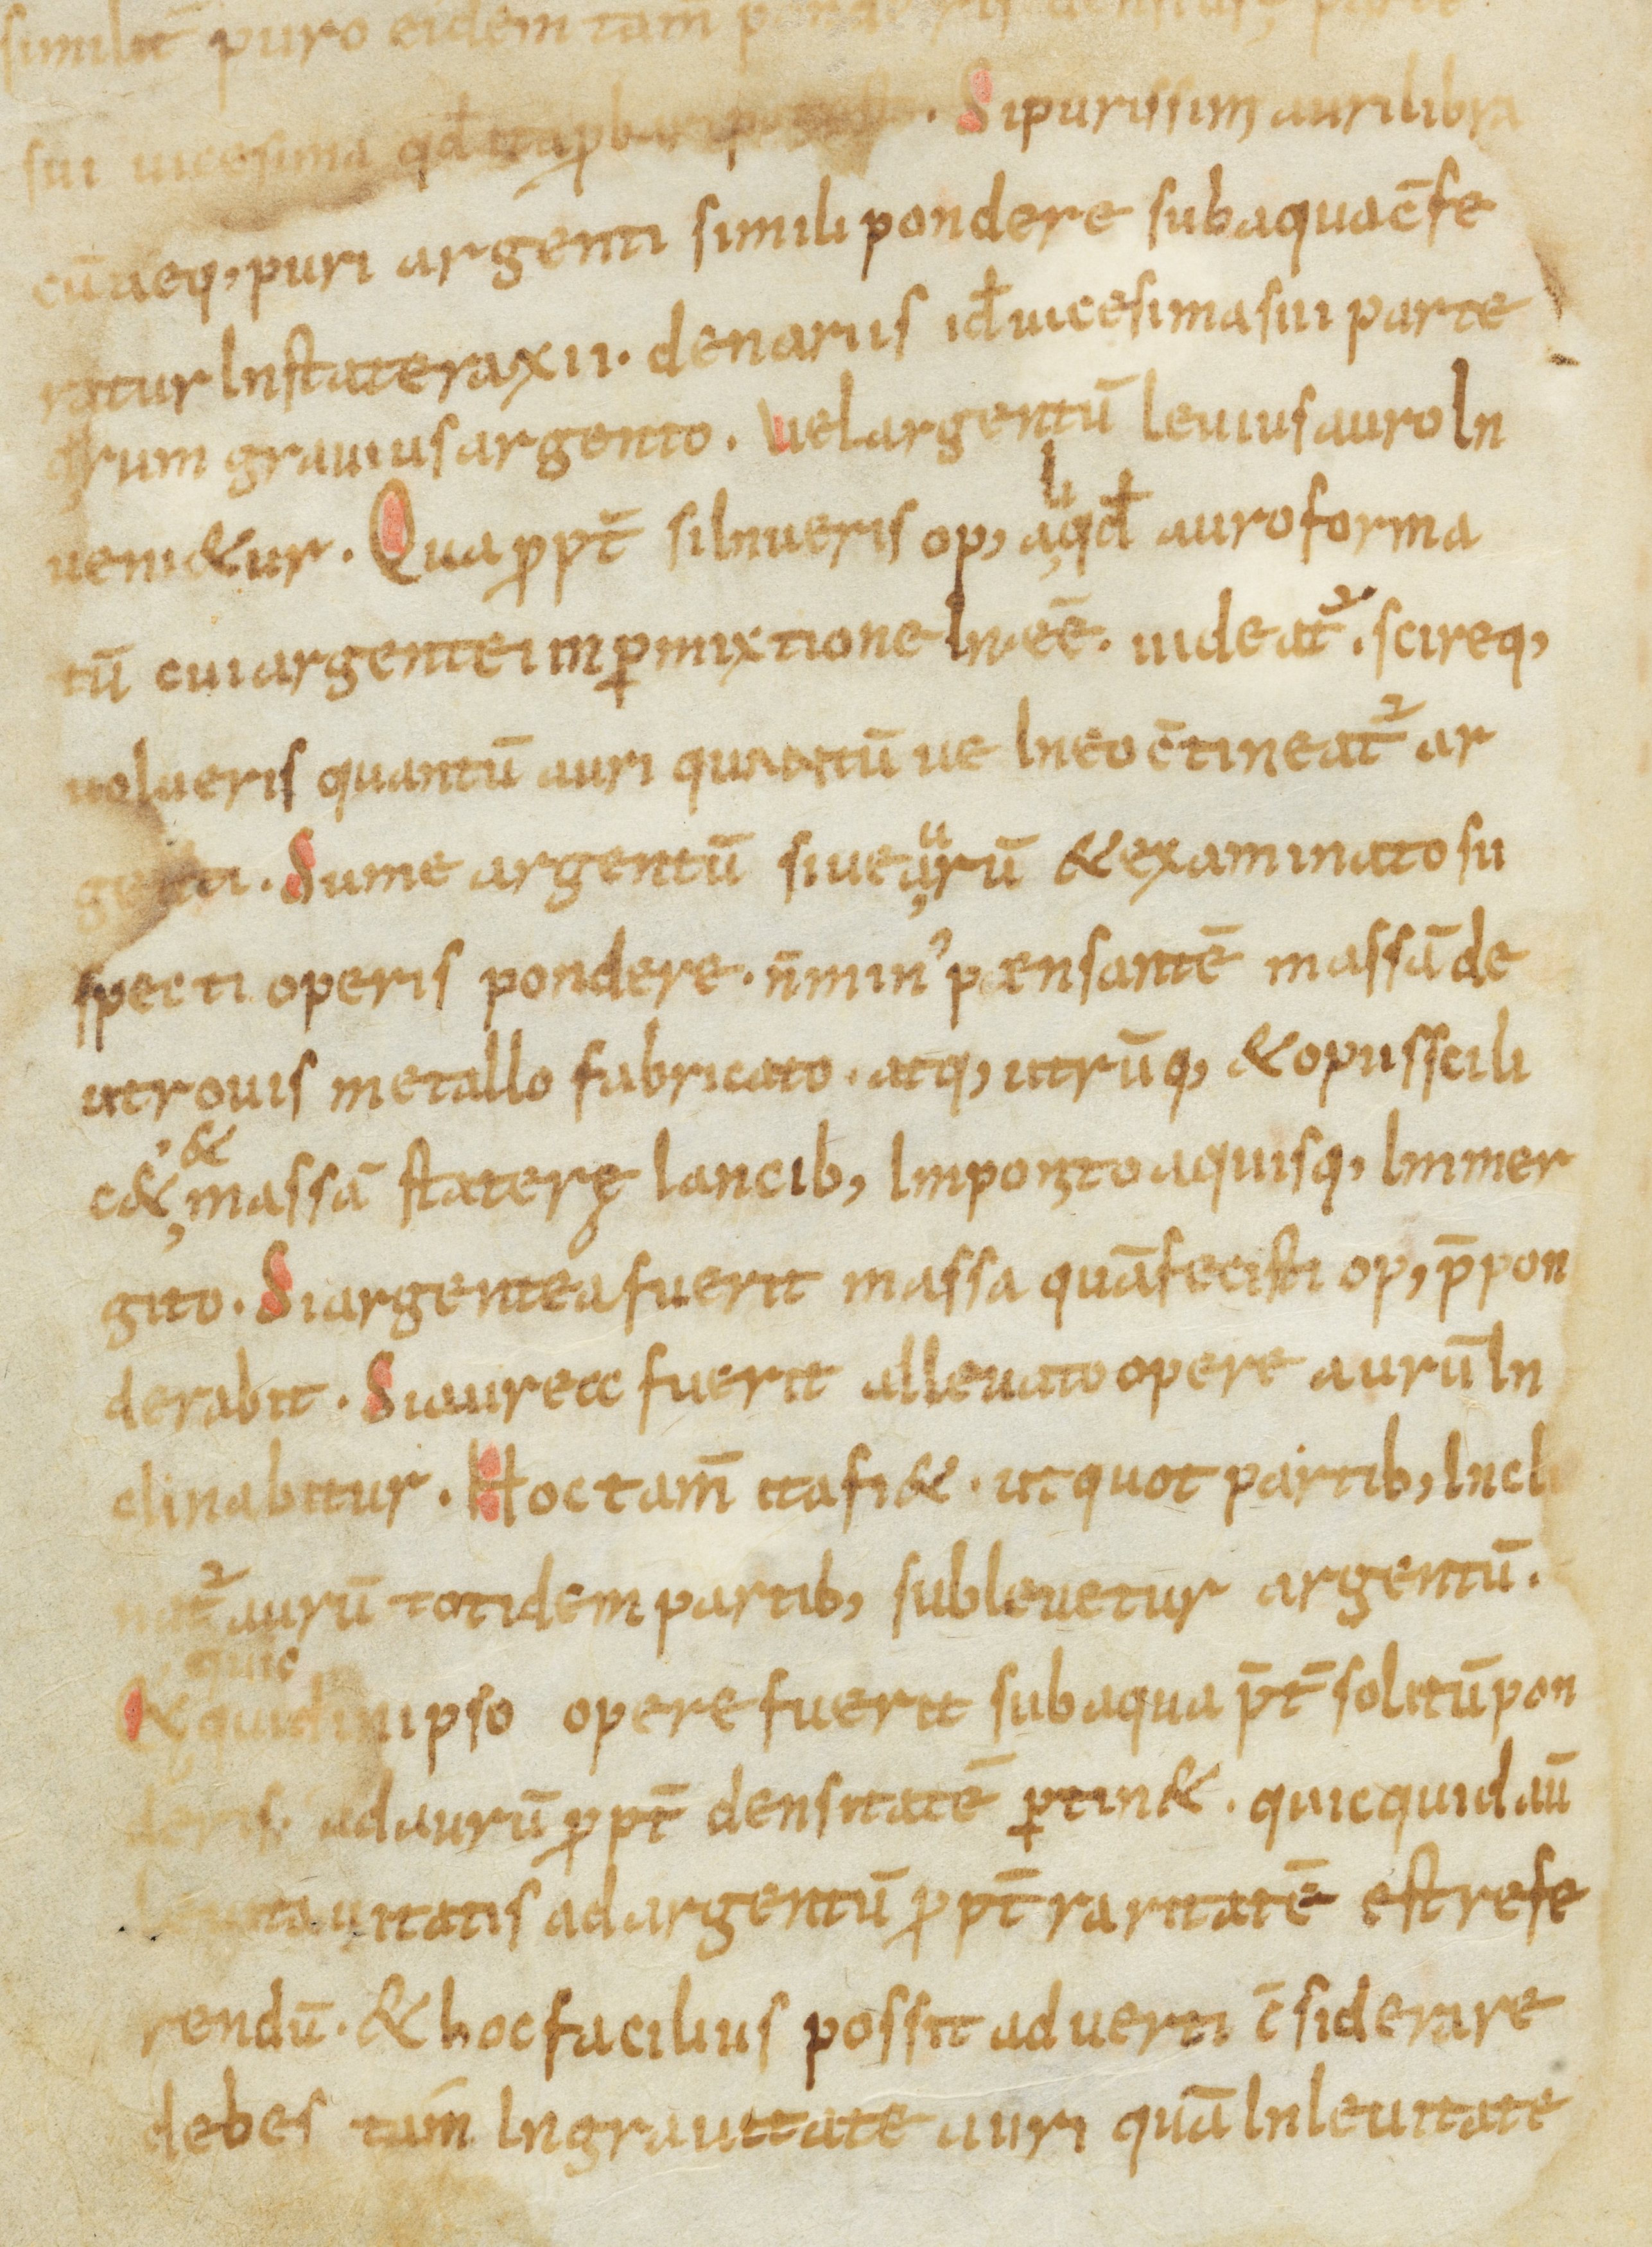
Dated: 900–1099